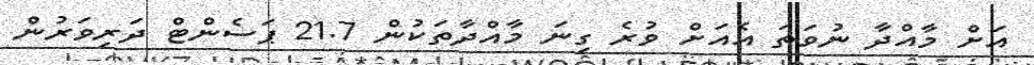
އަށް މާއްދާ ނުވަތަ އެއަށް ވުރެ ގިނަ މާއްދާތަކުން 21.7 ޕަސެންޓް ދަރިވަރުން